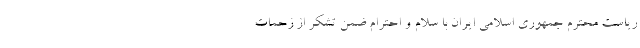
ریاست محترم جمهوری اسلامی ایران با سلام و احترام ضمن تشکر از زحمات